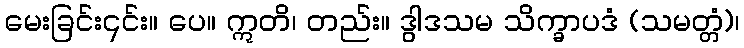
မေးခြင်း၎င်း။ ပေ။ ဣတိ၊ တည်း။ ဒွါဒသမ သိက္ခာပဒံ (သမတ္တံ)၊